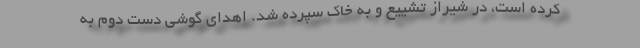
کرده است، در شیراز تشییع و به خاک سپرده شد. اهدای گوشی دست دوم به